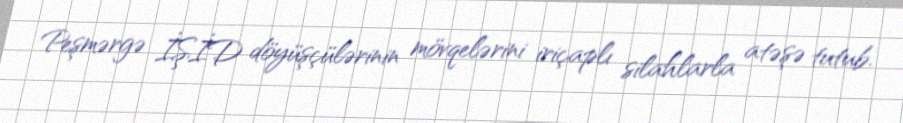
Peşmərgə İŞİD döyüşçülərinin mövqelərini iriçaplı silahlarla atəşə tutub.